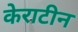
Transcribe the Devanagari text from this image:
केराटीन